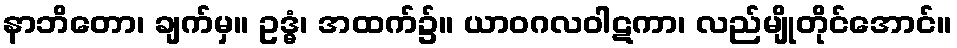
နာဘိတော၊ ချက်မှ။ ဥဒ္ဓံ၊ အထက်၌။ ယာဝဂလဝါဋကာ၊ လည်မျိုတိုင်အောင်။